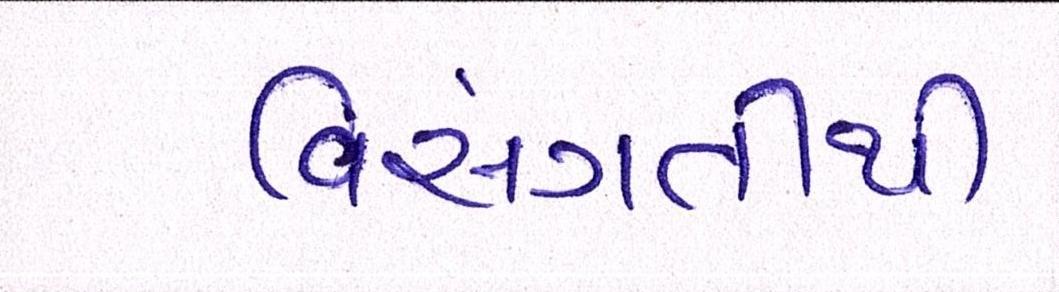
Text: વિસંગતીથી